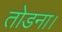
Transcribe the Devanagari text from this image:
तोडना।